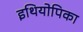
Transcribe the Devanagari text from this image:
इथियोपिका